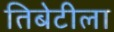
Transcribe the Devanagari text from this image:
तिबेटीला